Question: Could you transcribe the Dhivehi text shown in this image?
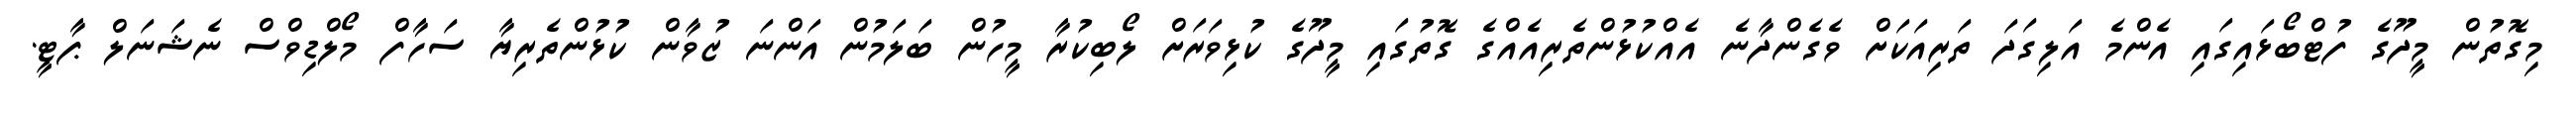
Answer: މިގޮތުން މީދޫގެ ފުޓްބޯޅައިގައި އެންމެ އަލިގަދަ ތަރިއަކަށް ވެގެންދާނެ އެއްކުޅުންތެރިއެއްގެ ގޮތުގައި މީދޫގެ ކުޅިވަރަށް ލޯބިކުރާ މީހުން ބަލަމުން އަންނަ ޒުވާން ކުޅުންތެރިޔާ ސަހާފް މޯލްޑިވްސް ނެޝަނަލް ޕާޓީ.